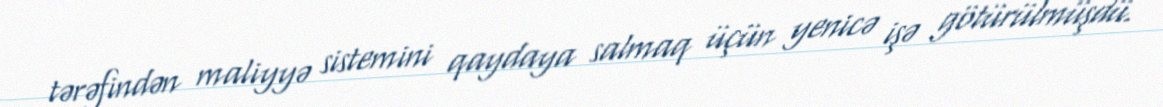
tərəfindən maliyyə sistemini qaydaya salmaq üçün yenicə işə götürülmüşdü.